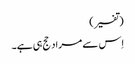
(تفسیر)
اِس سے مراد حج ہی ہے۔